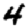
Digit: 4